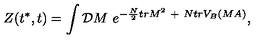
Z ( t ^ { * } , t ) = \int { \cal D } M \ e ^ { - { \frac { N } { 2 } } t r M ^ { 2 } \ + \ N t r V _ { B } ( M A ) } ,